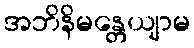
အဘိနိမန္တေယျာမ